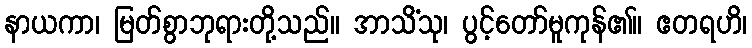
နာယကာ၊ မြတ်စွာဘုရားတို့သည်။ အာသိံသု၊ ပွင့်တော်မူကုန်၏။ ဧတရဟိ၊